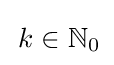
\,k\in {\mathbb {N} }_{0}